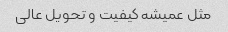
مثل عمیشه کیفیت و تحویل عالی